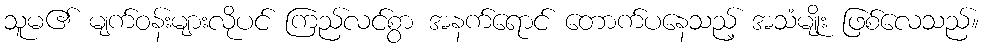
သူမ၏ မျက်ဝန်းများလိုပင် ကြည်လင်စွာ အနက်ရောင် တောက်ပနေသည့် အသံမျိုး ဖြစ်လေသည်။